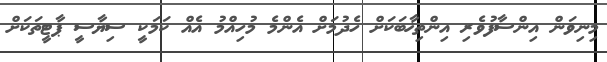
މިނިވަން އިންސާފުވެރި އިންތިޚާބަކަށް ހެދުމަށް އެންމެ މުހިއްމު އެއް ކަމަކީ ސިޔާސީ ޕާޓީތަަކަށް